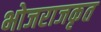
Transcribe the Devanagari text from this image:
भोजराजकृत